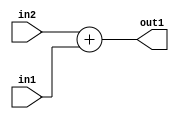
`timescale 1ps / 1ps
/*****************************************************************************
    Verilog RTL Description
    
    
    Created by: Stratus DpOpt 21.05.01 
*******************************************************************************/

module Filter_Add_4Ux2U_5U_1 (
	in2,
	in1,
	out1
	); /* architecture "behavioural" */ 
input [3:0] in2;
input [1:0] in1;
output [4:0] out1;
wire [4:0] asc001;

assign asc001 = 
	+(in2)
	+(in1);

assign out1 = asc001;
endmodule

/* CADENCE  urnwQgg= : u9/ySxbfrwZIxEzHVQQV8Q== ** DO NOT EDIT THIS LINE ******/